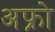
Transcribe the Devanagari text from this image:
अफ्रो